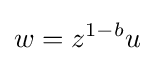
w=z^{1-b}u